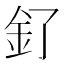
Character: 釕